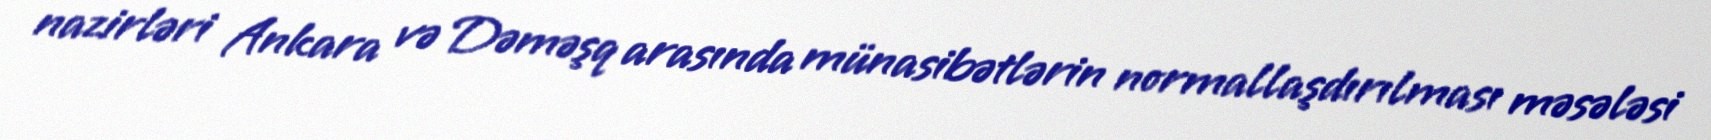
nazirləri Ankara və Dəməşq arasında münasibətlərin normallaşdırılması məsələsi